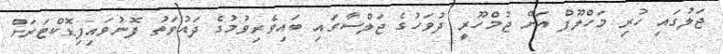
ޖަލުގައި ހުރި މަހްލޫފް އަށް ޖުމްހޫރީ ދުވަހުގެ ޖަލްސާގައި ބައިވެރިވުމުގެ ދައުވަތު ފޮނުވައިފިޑޮކްޓަރަށް